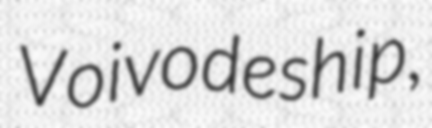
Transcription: Voivodeship,